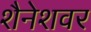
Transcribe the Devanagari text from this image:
शैनेशवर